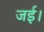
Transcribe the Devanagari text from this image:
जई।